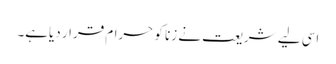
اسی لیے شریعت نے زنا کو حرام قرار دیاہے۔